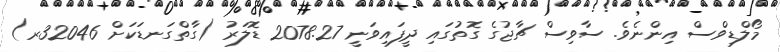
މޯލްޑިވްސް އިންނެވެ. ސާވިސް ޗާޖުގެ ގޮތުގައި ދީފައިވަނީ 2078.27 ޑޮލަރު (ގާތްގަނޑަކަށް 32046ރ)